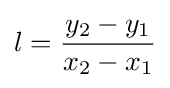
l={\frac {y_{2}-y_{1}}{x_{2}-x_{1}}}